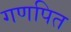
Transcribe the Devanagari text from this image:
गणपित